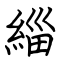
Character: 緇